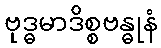
ဗုဒ္ဓမာဒိစ္စဗန္ဓုနံ